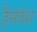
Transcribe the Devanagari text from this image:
हैनवंश